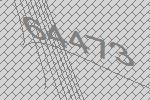
64473